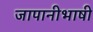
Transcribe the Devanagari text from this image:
जापानीभाषी